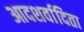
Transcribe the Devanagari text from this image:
आदशर्वादिता